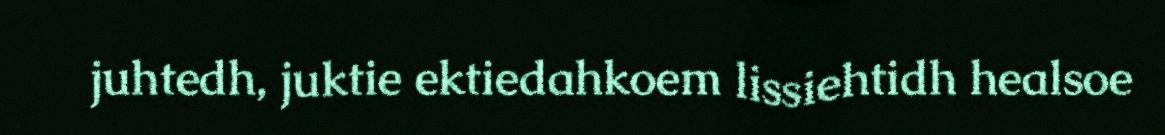
juhtedh, juktie ektiedahkoem lissiehtidh healsoe